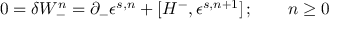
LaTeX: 0 = \delta W _ { - } ^ { n } = \partial _ { - } \epsilon ^ { s , n } + [ H ^ { - } , \epsilon ^ { s , n + 1 } ] \, ; \qquad n \geq 0